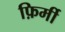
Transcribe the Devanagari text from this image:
फ़िर्मी